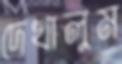
দেখালুম